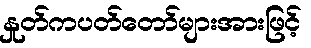
နှုတ်ကပတ်တော်များအားဖြင့်